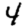
Digit: 4